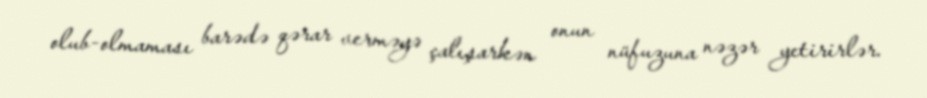
olub-olmaması barədə qərar verməyə çalışarkən onun nüfuzuna nəzər yetirirlər.